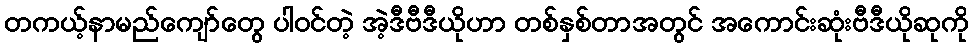
တကယ့်နာမည်ကျော်တွေ ပါဝင်တဲ့ အဲ့ဒီဗီဒီယိုဟာ တစ်နှစ်တာအတွင် အကောင်းဆုံးဗီဒီယိုဆုကို